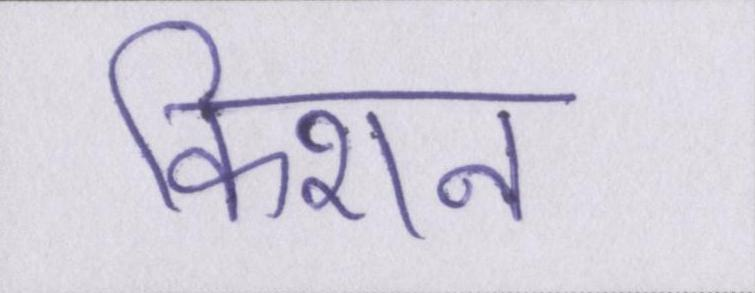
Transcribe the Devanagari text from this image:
किशन